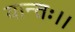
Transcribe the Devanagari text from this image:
यान्तः।।